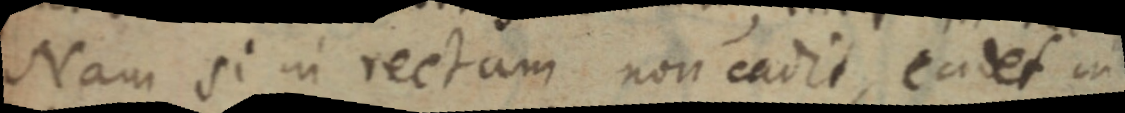
Nam si in rectam non cadit, eadet in